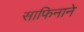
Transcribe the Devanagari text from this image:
साफिनाने